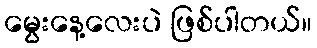
မွေးနေ့လေးပဲ ဖြစ်ပါတယ်။